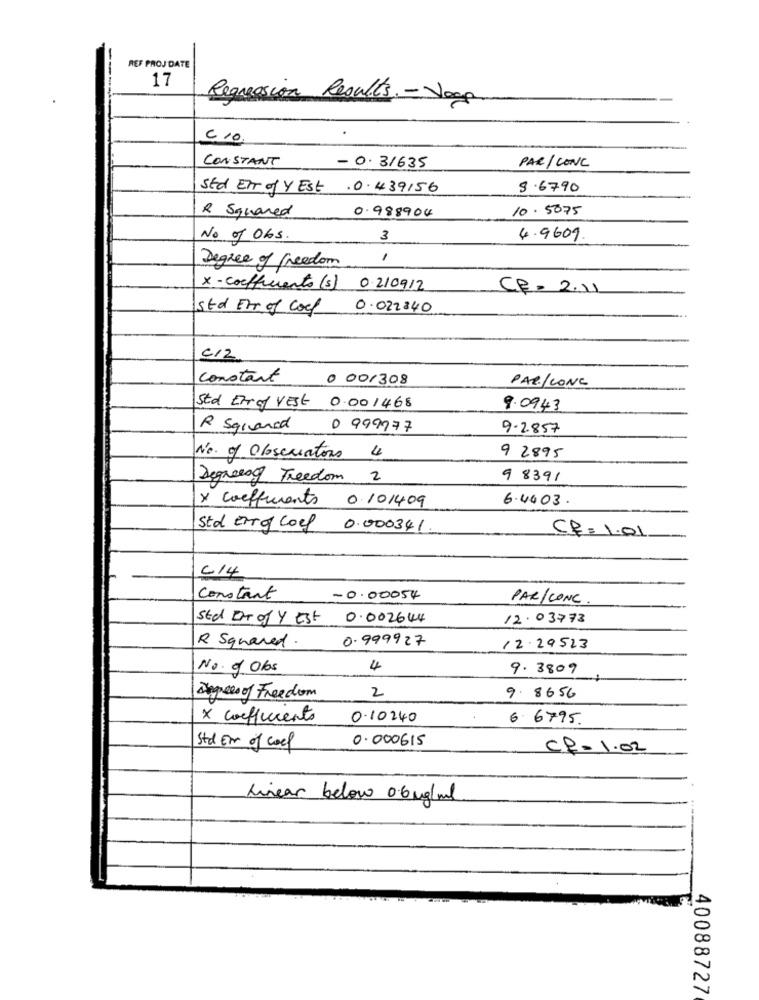
REF PROJ DATE
17
Regression Results. - Jagg
C 10
CONSTANT
PAR/ CONC
- 0.31635
Std Err of Y Est . 0.439156
S.6790
R Squared
0.988904
10. 5075
No of Obs.
3
4.9609.
Degree of freedom
1
x- coefficients (s) 02/09/12
CE= 2.11
Std Err of Cool
0.022340
C/2
constant
0 001308
PAR/LONG
Std Etraf Vest 0.001468
9.0943
R Squared
0 999777
9-2857
No. of Obscuators 4
9 2895
Degreeof Freedom 2
9 8391
x coeffurents 0 101409
6.4403.
Std Errof Cool 0.000341
CR= 1.01
C/4
Constant
-0.00054
PAR/CONC.
std Drogy Est 0.002644
12.03778
R Squared .
0.999927
12.29523
No. of Obs
4
9.3809
2
Degrees of Freedom
9. 8656
x coefficients
0.10240
6. 6795.
0.000615
Std Er of cool
CR=1.02
Linear below 0.6 mg/ml
40088727